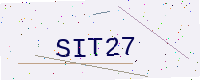
Text: SIT27